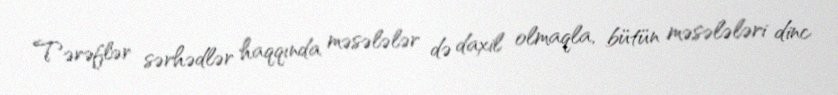
Tərəflər sərhədlər haqqında məsələlər də daxil olmaqla, bütün məsələləri dinc